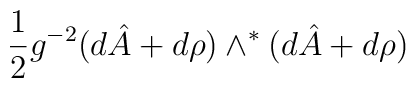
\frac{1}{2}g^{-2}(d\hat{A}+ d\rho {})\wedge ^{*}(d\hat{A}+ d\rho {})